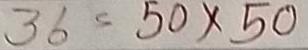
36 = 50 x 50